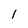
Character: 1